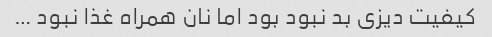
کیفیت دیزی بد نبود بود اما نان همراه غذا نبود …